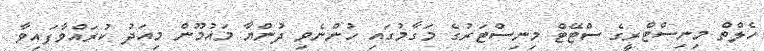
ހެލްތް މިނިސްޓްރީގެ ސްޓޭޓް މިނިސްޓަރުގެ މަގާމުގައި ހުންނެވި ދުންޔާ މައުމޫން މިއަދު ކުރައްވާފައިވާ